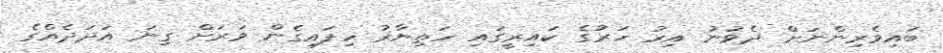
ބައިވެރިންނަށް ދެވުނު އިރު ހަރުގެ ކައިރީގައި ހަތިޔާރު ހިފައިގެން ވަރަށް ގިނަ އަދަދެއްގެ